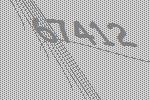
67412